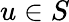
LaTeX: u\in S